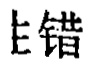
上错